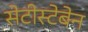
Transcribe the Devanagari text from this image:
सेटीस्‍टेबेन